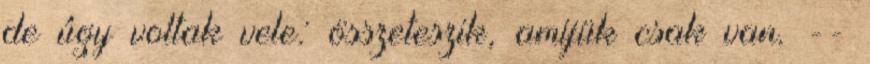
de úgy voltak vele: összeteszik, amijük csak van. --